Lock hospitals Punjab
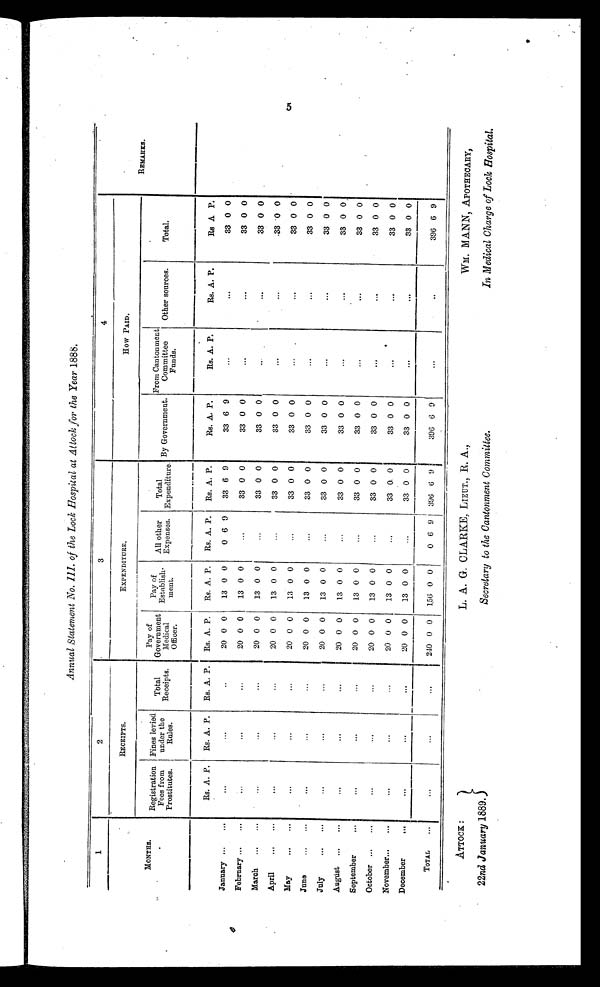
ATTOCK:
22nd January 1889.
L. A. G. CLARKE, LIEUT., R. A.,
Secretary to the Cantonment Committee.
WM. MANN, APOTHECARY,
In Medical Charge of Lock Hospital.
Annual Statement No. III. of the Lock Hospital at Attock for the Year 1888.
1
2
3
4
MONTHS.
RECEIPTS.
E X P E N D I T U R E .
How PAID.
REMARKS.
Registration
Fees from
Prostitutes.
Fines levied
under the
Rules.
Total
Receipts.
Pay of
Government
Medical
Officer.
Pay of
Establish-
ment.
All other
Expenses.
T o t a l E x p e n d i t u r e .
B y G o v e r n m e n t .
From Cantonment
Committee
Funds.
Other sources.
Total.
Rs. A. P.
Rs. A. P.
Rs. A. P.
Rs. A. P.
Rs. A. P.
Rs, A. P.
Rs. A. P.
Rs. A. P.
Rs. A. P.
Rs, A. P.
Rs A P.
January ..
...
...
...
...
20 0 0
13 0 0
0 6 9
33 6 9
33 6 9
...
...
33 0 0
February ...
...
...
...
...
20 0 0
13 0 0
...
33 0 0
33 0 0
...
...
33 0 0
March...
...
...
...
...
20 0 0
13 0 0
...
33 0 0
33 0 0
...
...
33 0 0
April
...
...
...
...
...
20 0 0
13 0 0
...
33 0 0
33 0 0
...
...
33 0 0
May...
...
...
...
20 0 0
13 0 0
...
33 0 0
33 0 0
. . .
. . .
33 0 0
June
...
. . .
...
...
...
20 0 0
13 0 0
...
33 0 0
33 0 0
...
...
33 0 0
July
...
...
. . .
...
...
20 0 0
13 0 0
...
33 0 0
33 0 0
...
...
33 0 0
August ...
...
...
...
...
20 0 0
13 0 0
...
33 0 0
33 0 0
...
...
33 0 0
September
. . .
...
...
...
20 0 0
13 0 0
...
33 0 0
33 0 0
...
...
33 0 0
October ...
...
...
...
...
20 0 0
13 0 0
...
33 0 0
33 0 0
...
. . .
33 0 0
November...
...
...
...
...
20 0 0
13 0 0
...
33 0 0
33 0 0
. . .
. . .
33 0 0
December
...
. . .
...
...
20 0 0
13 0 0
...
33 0 0
33 0 0
...
. . .
33 0 0
TOTAL
...
...
...
...
240 0 0
156 0 0
0 6 9
396 6 9
396 6 9
...
...
396 6 9